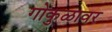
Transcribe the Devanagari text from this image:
गोकुळावर